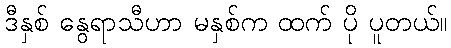
ဒီနှစ် နွေရာသီဟာ မနှစ်က ထက် ပို ပူတယ်။